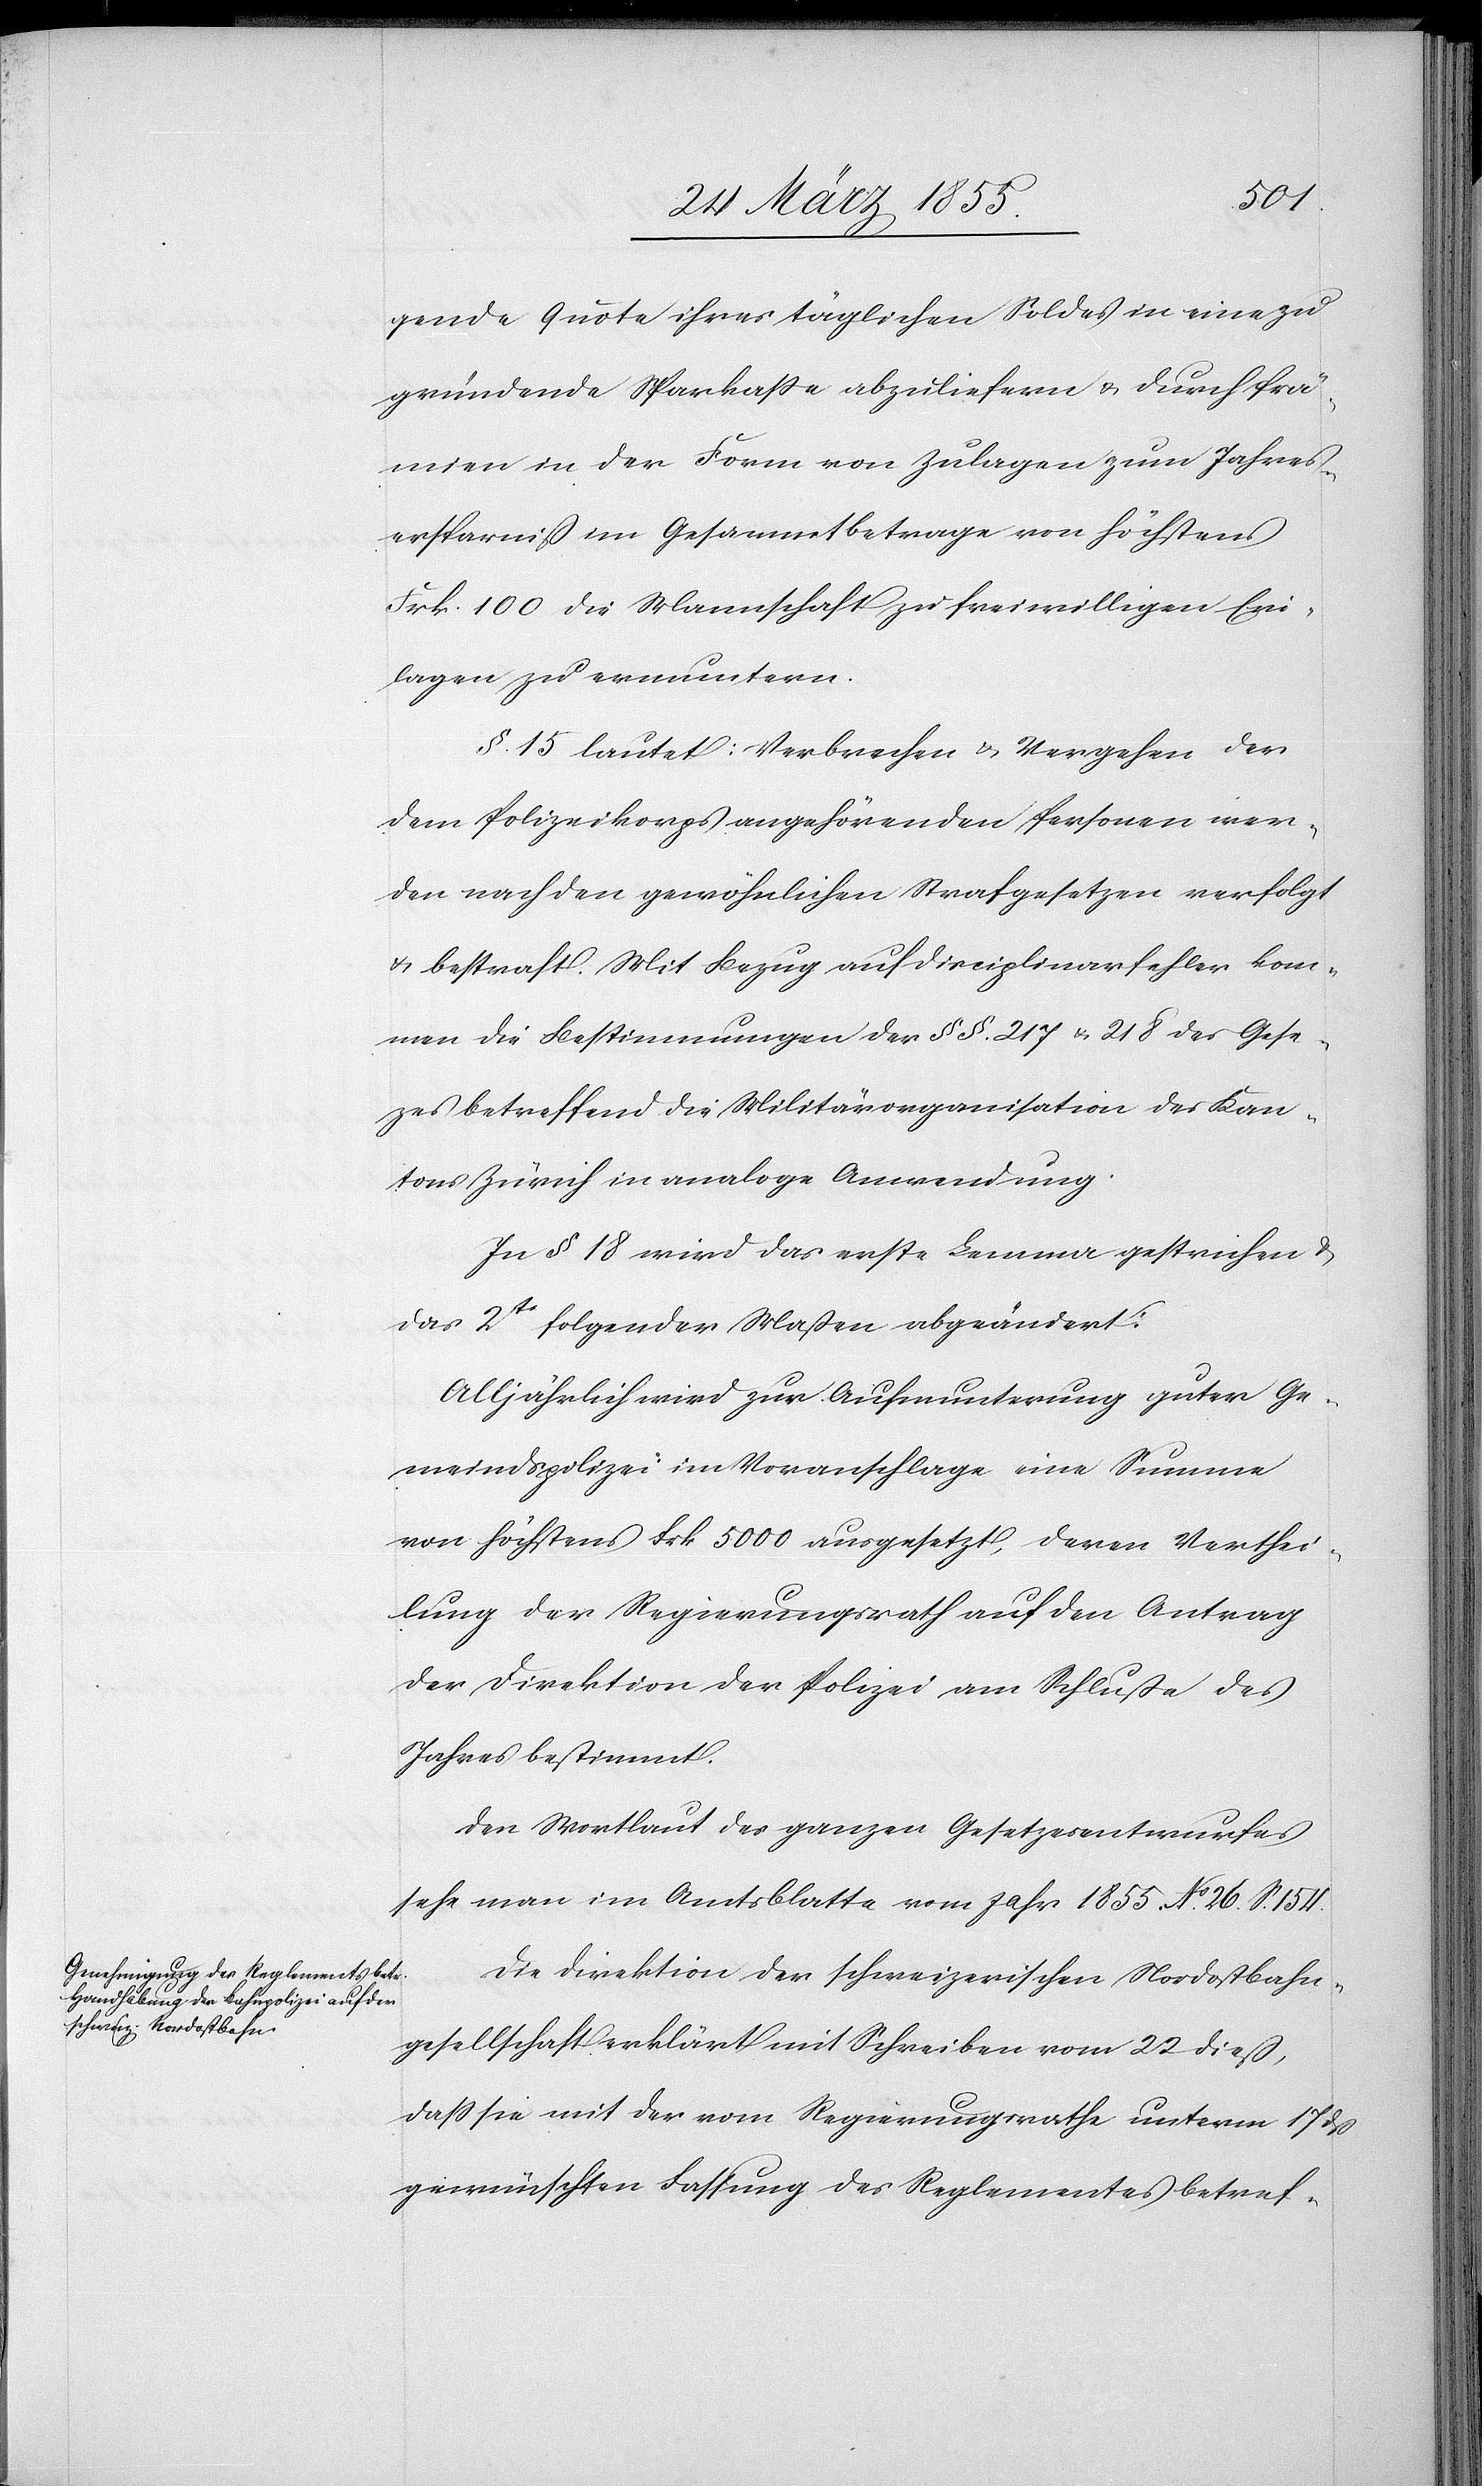
gende Quote ihres täglichen Soldes in eine zu
gründende Sparkasse abzuliefern & durch Prä¬
mien in der Form von Zulagen zum Jahres¬
ersparniß im Gesammtbetrage von höchstens
Frk. 100 die Mannschaft zu freiwilligen Ein¬
lagen zu ermuntern.
§. 15 lautet: Verbrechen & Vergehen der
dem Polizeikorps angehörenden Personen wer¬
den nach den gewöhnlichen Strafgesetzen verfolgt
& bestraft. Mit Bezug auf Disciplinarfehler kom¬
men die Bestimmungen der §§. 217 & 218 des Ges¬
e[t]zes betreffend die Militärorganisation des Kan¬
tons Zürich in analoge Anwendung.
In § 18 wird das erste Lemma gestrichen &
das 2te folgender Maßen abgeändert:
Alljährlich wird zur Aufmunterung guter Ge¬
meindspolizei im Voranschlage eine Summe
von höchstens Frk 5000 ausgesetzt, deren Verthei¬
lung der Regierungsrath auf den Antrag
der Direktion der Polizei am Schluße des
Jahrs bestimmt.
Den Wortlaut des ganzen Gesetzesentwurfes
sehe man im Amtsblatte vom Jahr 1855. No. 26. S. 154.
Die Direktion der schweizerischen Nordostbahn¬
gesellschaft erklärt mit Schreiben vom 22 dieß,
dass sie mit der vom Regierungsrathe unterm 17 dß
gewünschten Fassung des Reglementes betref-